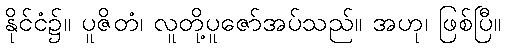
နိုင်ငံ၌။ ပူဇိတံ၊ လူတို့ပူဇော်အပ်သည်။ အဟု၊ ဖြစ်ပြီ။